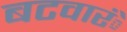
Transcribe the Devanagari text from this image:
बटवारंे